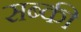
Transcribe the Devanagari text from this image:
सब्की